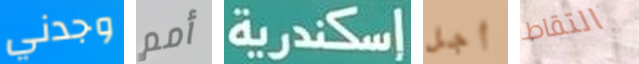
وجدني أمم إسكندرية أجل التقاط